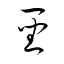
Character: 聖